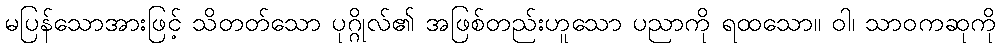
မပြန်သောအားဖြင့် သိတတ်သော ပုဂ္ဂိုလ်၏ အဖြစ်တည်းဟူသော ပညာကို ရထသော။ ဝါ၊ သာဝကဆုကို